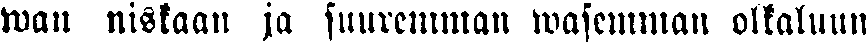
wan niskaan ja suuremman wasemman olkaluun